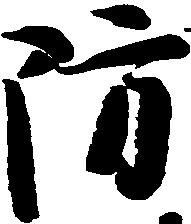
防